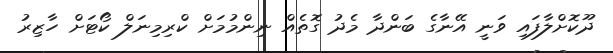
ދޫކޮށްލާފައި ވަނީ އޭނާގެ ބަންދާ މެދު ގޮތެއް ނިންމުމަށް ކްރިމިނަލް ކޯޓަށް ހާޒިރު